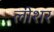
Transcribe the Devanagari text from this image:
लीशर